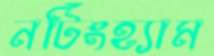
নটিংহ্যাম